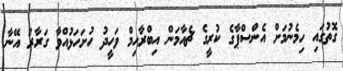
ގޮތުގައި ހިމެނުމަށް އެންސްޕާގެ ކުރީގެ ޗެއާމަން އިބްރާހިމް ވަހީދު ހުށަހަޅުއްވާ ގަރާރު އޭނާ